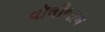
વૉલીબાલ